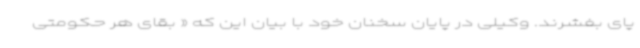
پای بفشرند. وکیلی در پایان سخنان خود با بیان این که « بقای هر حکومتی